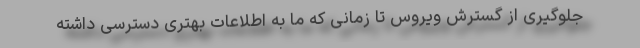
جلوگیری از گسترش ویروس تا زمانی که ما به اطلاعات بهتری دسترسی داشته